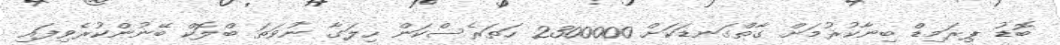
ބޮޑު ޕިރަމިޑް ބިނާކުރުމަށް ގާތްގަނޑަކަށް 2300000 ހަތަރެސްކަން ހިލަގާ ނުވަތަ ބްލޮކް ބޭނުންކުރެވިފައި